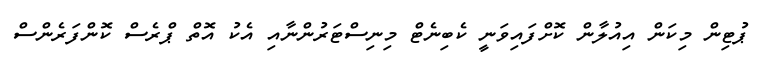
ޕުޓިން މިކަން އިއުލާން ކޮށްފައިވަނީ ކެބިނެޓް މިނިސްޓަރުންނާއި އެކު އޮތް ޕްރެސް ކޮންފަރެންސް